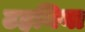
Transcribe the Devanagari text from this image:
टहनिया